Report of the Bombay Veterinary College
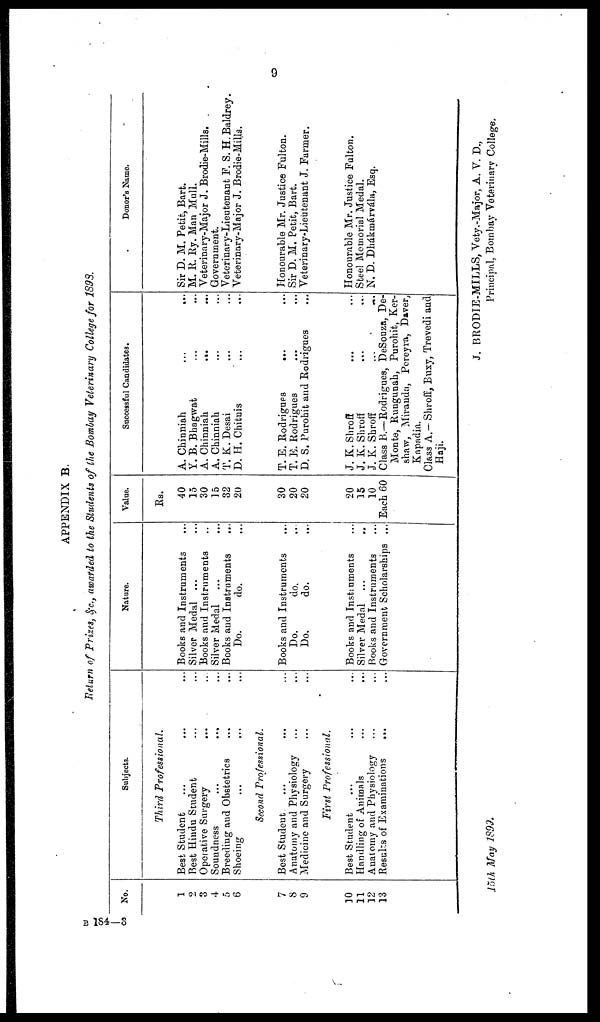
9
APPENDIX B.
Return of Prizes, &c., awarded to the Students of the Bombay Veterinary College for 1898.
No.
1
2
3
4
5
6
7
8
9
10
11
12
13
Subjects.
Third Professional.
Best Student
... ... ...
Best Hindu Student... ...
Operative Surgery... ...
Soundness
...
...
Breeding and Obstetrics
Shoeing
...
...
Second Professional.
Best Student ... ...
Anatomy and Physiology... ...
Medicine and Surgery... ...
First Professional.
Best Student... ...
Handling of Animals... ...
Anatomy and Physiology... ...
Results of Examinations
...
...
Nature.
Books and Instruments
Silver Medal ...
Books and Instruments
Silver Medal
Books and Instruments
Do.
do.
Books and Instruments
Do.
do.
Do.
do.
Books and Instruments
Silver Medal ...
Books and Instruments
Government Scholarships ...
Value.
Rs.
40
15
30
15
32
20
30
20
20
20
15
10
Each 60
Successful Candidates.
A. Chinniah
...
...
Y. B. Bhagwat
A. Chinniah
... ...
A. Chinniah
T. K.Desai
D. H. Chitnis
T. E. Rodrigues
...
T. E. Rodrigues
D. S. Purohit and Rodrigues
J. K. Shroff
J. K. Shroff
J. K. Shroff
Class B.—Rodrigues, DeSouza, De-
Monte, Rungunah, Purohit, Ker-
shaw, Miranda, Pereyra, Daver,
Kapadia.
Class A.—Shroff, Buxy, Trevedi and
Haji.
Donor's Name.
Sir D. M. Petit, Bart.
M. R. Ry.Man Mull.
Veterinary-Major J. Brodie-Mills.
Government.
Veterinary-Lieutenant P. S. H.Baldrey.
Veterinary-Major J. Brodie-Mills.
Honourable Mr. Justice Fulton.
Sir D. M. Petit, Bart.
Veterinary-Lieu tenant J. Farmer.
Honourable Mr. Justice Fulton.
Steel Memorial Medal.
N. D. Dhákmárvála, Esq.
J. BRODIE-MILLS, Vety.-Major, A. V. D.,
15th May 1899.
Principal, Bombay Veterinary College.
B 184—3